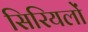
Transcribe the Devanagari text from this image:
सिरियलों